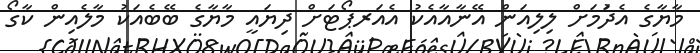
މާޔާގެ އެދުަމަަށް ލިލިއަން އޭނާއާއެކު އެއަރޕޯޓަށް ދިޔައީ މާޔާގެ ބޭބެއަކު މާލެއިން ކާގޯ